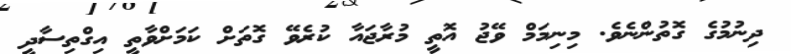
ދިނުމުގެ ގޮތުންނެވެ. މިނިމަމް ވޭޖު އޮތީ މުރާޖައާ ކުރެވޭ ގޮތަށް ކަމަށްވާތީ އިގްތިސާދީ